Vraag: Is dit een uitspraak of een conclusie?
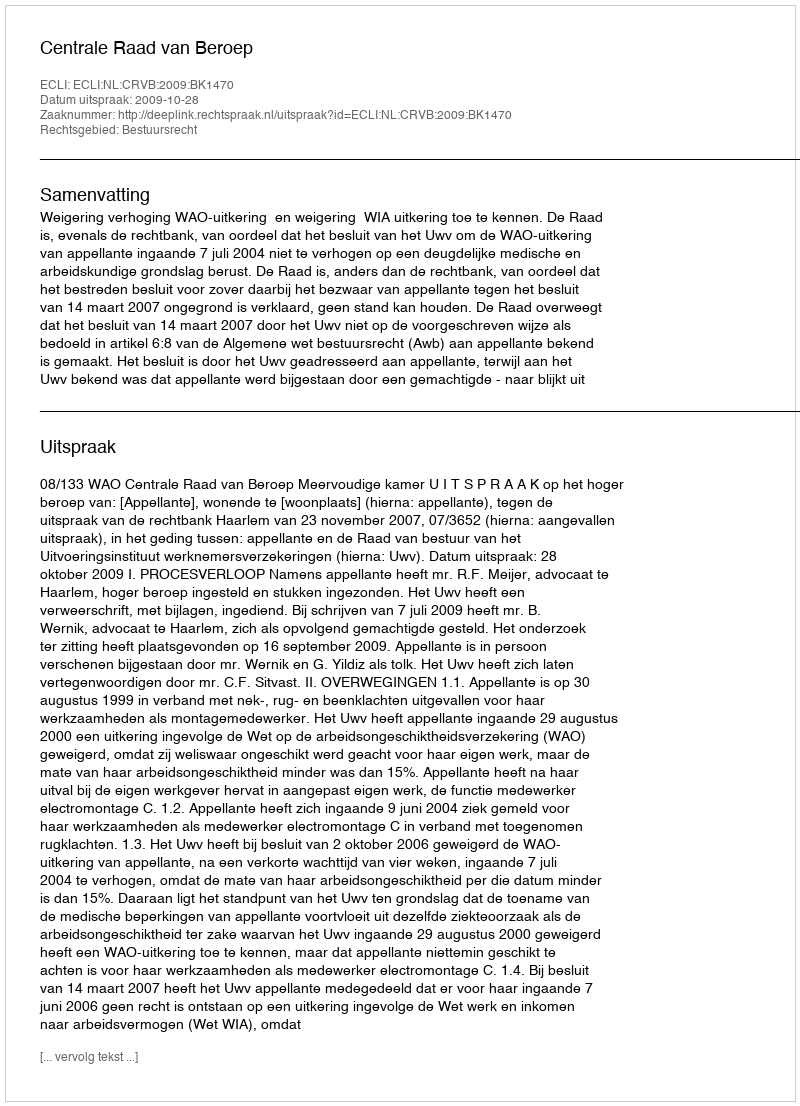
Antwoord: Uitspraak